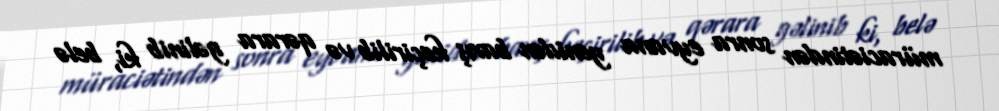
müraciətindən sonra eyvana yenidən baxış keçirilib və qərara gəlinib ki, belə